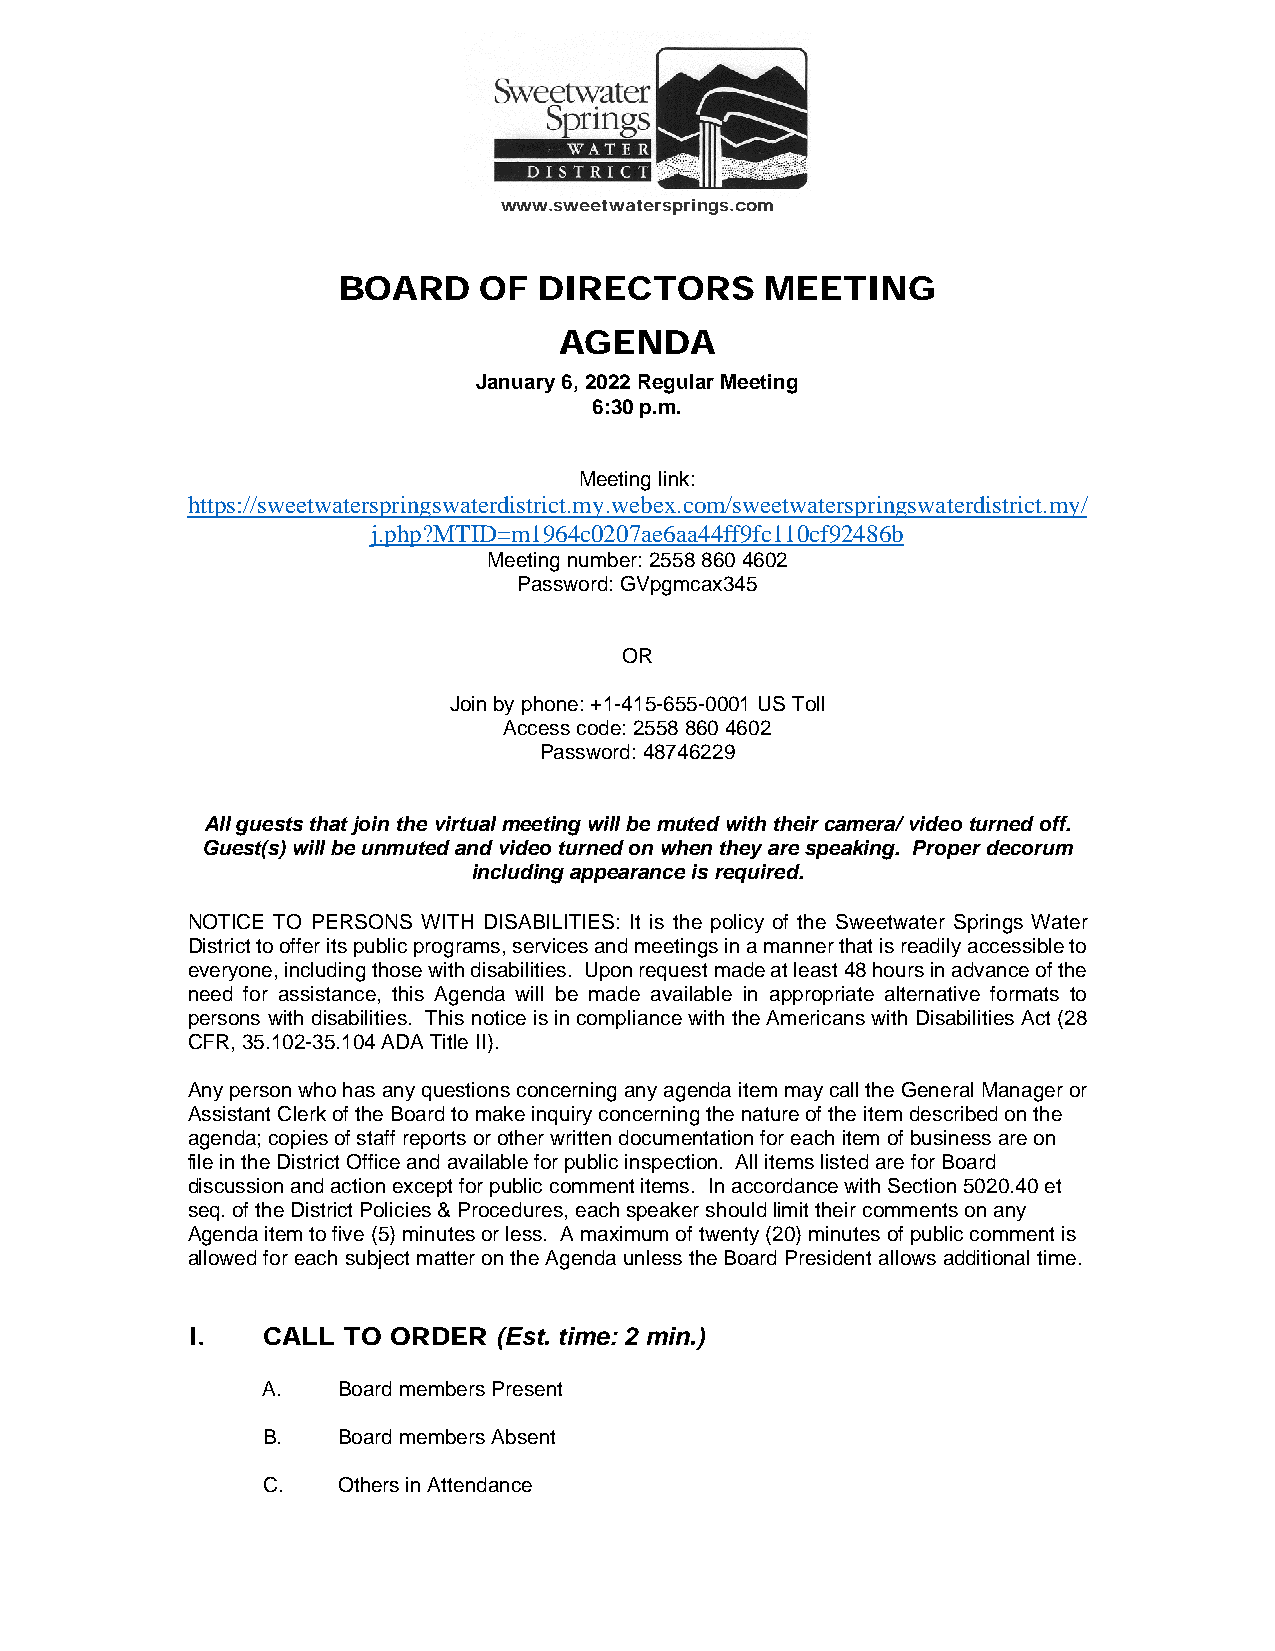
www.sweetwatersprings.com
 BOARD     OF  DIRECTORS      MEETING
 AGENDA
 January 6, 2022 Regular Meeting
 6:30 p.m.
 Meeting link:
 https://sweetwaterspringswaterdistrict.my.webex.com/sweetwaterspringswaterdistrict.my/
 j.php?MTID=m1964c0207ae6aa44ff9fc110cf92486b
 Meeting number: 2558 860 4602
 Password: GVpgmcax345
 OR
 Join by phone: +1-415-655-0001 US Toll
 Access code: 2558 860 4602
 Password: 48746229
 All guests that join the virtual meeting will be muted with their camera/ video turned off.
 Guest(s) will be unmuted and video turned on when they are speaking. Proper decorum
 including appearance is required.
 NOTICE TO PERSONS WITH DISABILITIES: It is the policy of the Sweetwater Springs Water
 District to offer its public programs, services and meetings in a manner that is readily accessible to
 everyone, including those with disabilities. Upon request made at least 48 hours in advance of the
 need for assistance, this Agenda will be made available in appropriate alternative formats to
 persons with disabilities. This notice is in compliance with the Americans with Disabilities Act (28
 CFR, 35.102-35.104 ADA Title II).
 Any person who has any questions concerning any agenda item may call the General Manager or
 Assistant Clerk of the Board to make inquiry concerning the nature of the item described on the
 agenda; copies of staff reports or other written documentation for each item of business are on
 file in the District Office and available for public inspection. All items listed are for Board
 discussion and action except for public comment items. In accordance with Section 5020.40 et
 seq. of the District Policies & Procedures, each speaker should limit their comments on any
 Agenda item to five (5) minutes or less. A maximum of twenty (20) minutes of public comment is
 allowed for each subject matter on the Agenda unless the Board President allows additional time.
 I.   CALL  TO ORDER  (Est. time: 2 min.)
 A.   Board members Present
 B.   Board members Absent
 C.   Others in Attendance